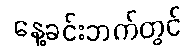
နေ့ခင်းဘက်တွင်